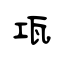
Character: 瓨